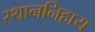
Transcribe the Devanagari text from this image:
स्थाननिहाय